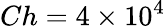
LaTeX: Ch=4\times 10^{4}